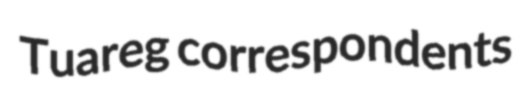
Tuareg correspondents